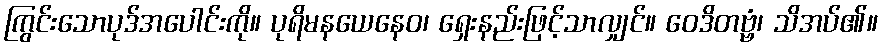
ကြွင်းသောပုဒ်အပေါင်းကို။ ပုရိမနယေနေဝ၊ ရှေးနည်းဖြင့်သာလျှင်။ ဝေဒိတဗ္ဗံ၊ သိအပ်၏။